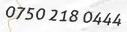
0750 218 0444